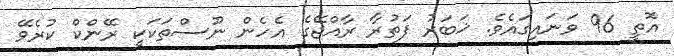
އޮތީ 96 ވަނައިގައެވެ. ޚަބަރު ފަތުރާ ރާއްޖޭގެ އެހެން ނޫސްތަކަކީ ރޭންކް ކުރެވޭ